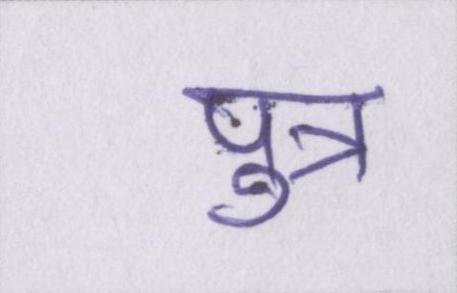
पुत्र